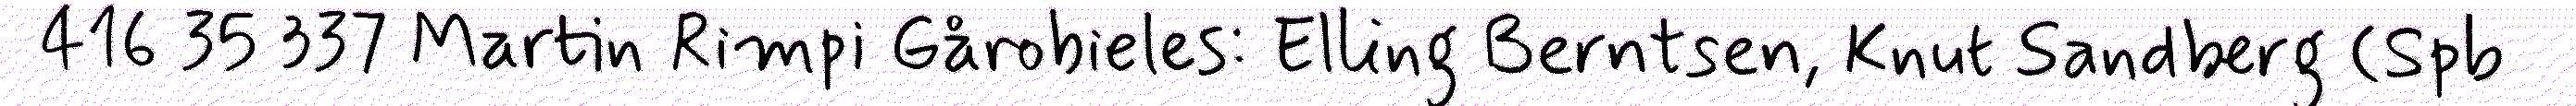
416 35 337 Martin Rimpi Gårobieles: Elling Berntsen, Knut Sandberg (Spb